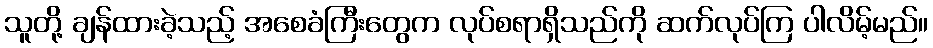
သူတို့ ချန်ထားခဲ့သည့် အစေခံကြီးတွေက လုပ်စရာရှိသည်ကို ဆက်လုပ်ကြ ပါလိမ့်မည်။